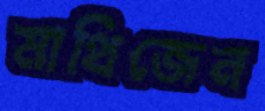
মাথিজেন